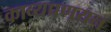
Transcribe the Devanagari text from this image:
काव्यप्रणयन